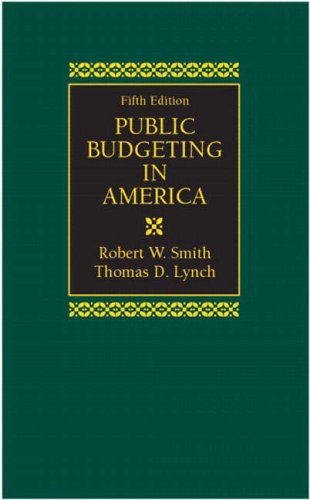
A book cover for Public Budgeting in America (5th Edition); Robert W. Smith Ph.D.; Business & Money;